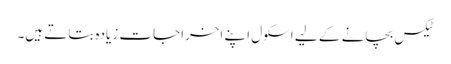
ٹیکس بچانے کے لیے اسکول اپنے اخراجات زیادہ بتاتے ہیں۔